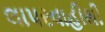
લાપરવાહીથી